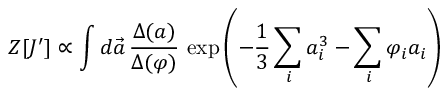
Z [ J ^ { \prime } ] \propto \int d \vec { a } \, \frac { \Delta ( a ) } { \Delta { ( \varphi ) } } \, \exp \left( - \frac { 1 } { 3 } \sum _ { i } a _ { i } ^ { 3 } - \sum _ { i } \varphi _ { i } a _ { i } \right)